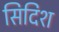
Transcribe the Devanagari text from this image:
सिदिश